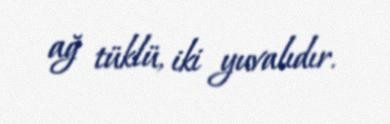
ağ tüklü, iki yuvalıdır.